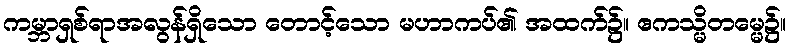
ကမ္ဘာရှစ်ရာအလွန်ရှိသော တောင့်သော မဟာကပ်၏ အထက်၌။ ဧကသ္မိတမ္မေ၌။